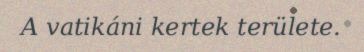
A vatikáni kertek területe.